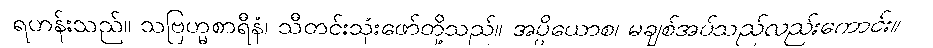
ရဟန်းသည်။ သဗြဟ္မစာရီနံ၊ သီတင်းသုံးဖော်တို့သည်။ အပ္ပိယောစ၊ မချစ်အပ်သည်လည်းကောင်း။